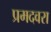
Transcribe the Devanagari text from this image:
प्रमदवरा